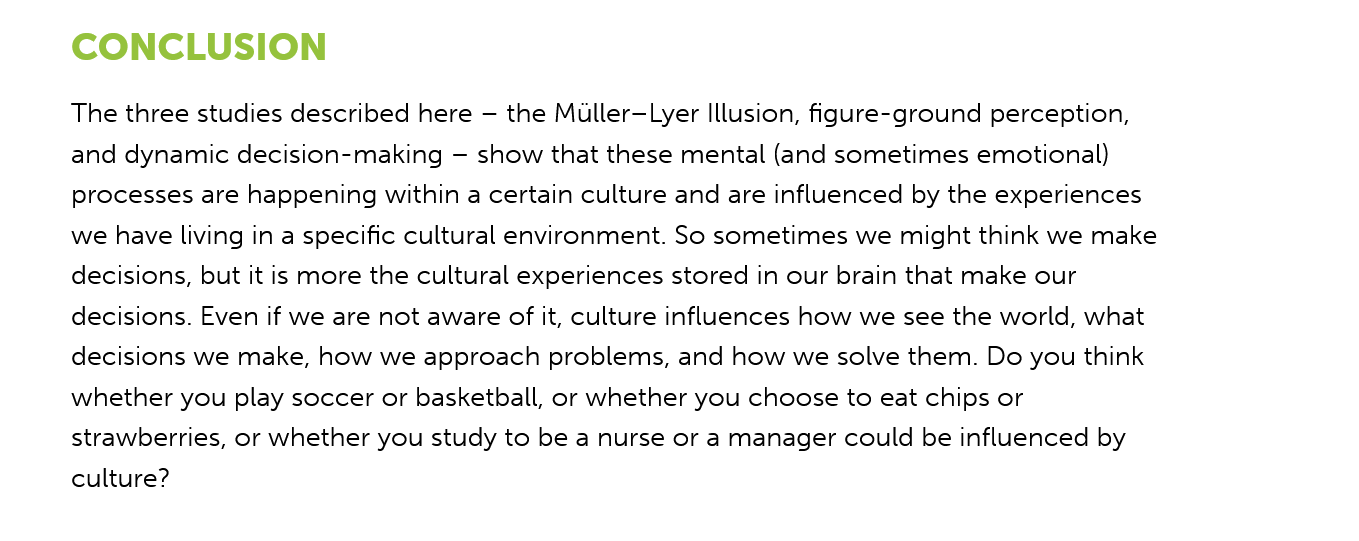
CONCLUSION
     The three studies described here
     —
     the Muller—Lyer Illusion, figure-ground perception,
     and dynamic decision-making
     —
     show that these mental (and sometimes emotional)
     processes are happening within a certain culture and are influenced by the experiences
     we have living in a specific cultural environment. So sometimes we might think we make
     decisions, but it is more the cultural experiences stored in our brain that make our
     decisions. Even if we are not aware of it, culture influences how we see the world, what
     decisions we make, how we approach problems, and how we solve them. Do you think
     whether you play soccer or basketball, or whether you choose to eat chips or
     strawberries, or whether you study to be a nurse or a manager could be influenced by
     culture?